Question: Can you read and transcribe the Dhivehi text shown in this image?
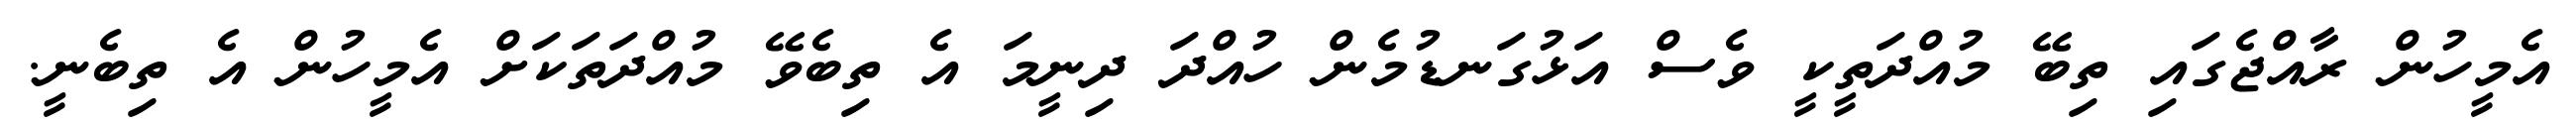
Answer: އެމީހުން ރާއްޖެގައި ތިބޭ މުއްދަތީކީ ވެސް އަޅުގަނޑުމެން ހުއްދަ ދިނީމަ އެ ތިބެވޭ މުއްދަތަކަށް އެމީހުން އެ ތިބެނީ.